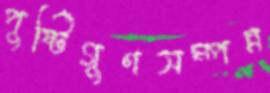
পুষ্টিগুণসম্পন্ন